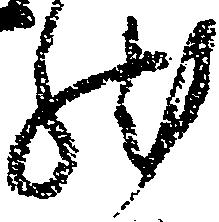
然